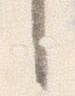
し